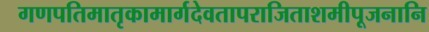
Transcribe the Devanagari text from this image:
गणपतिमातृकामार्गदेवतापराजिताशमीपूजनानि